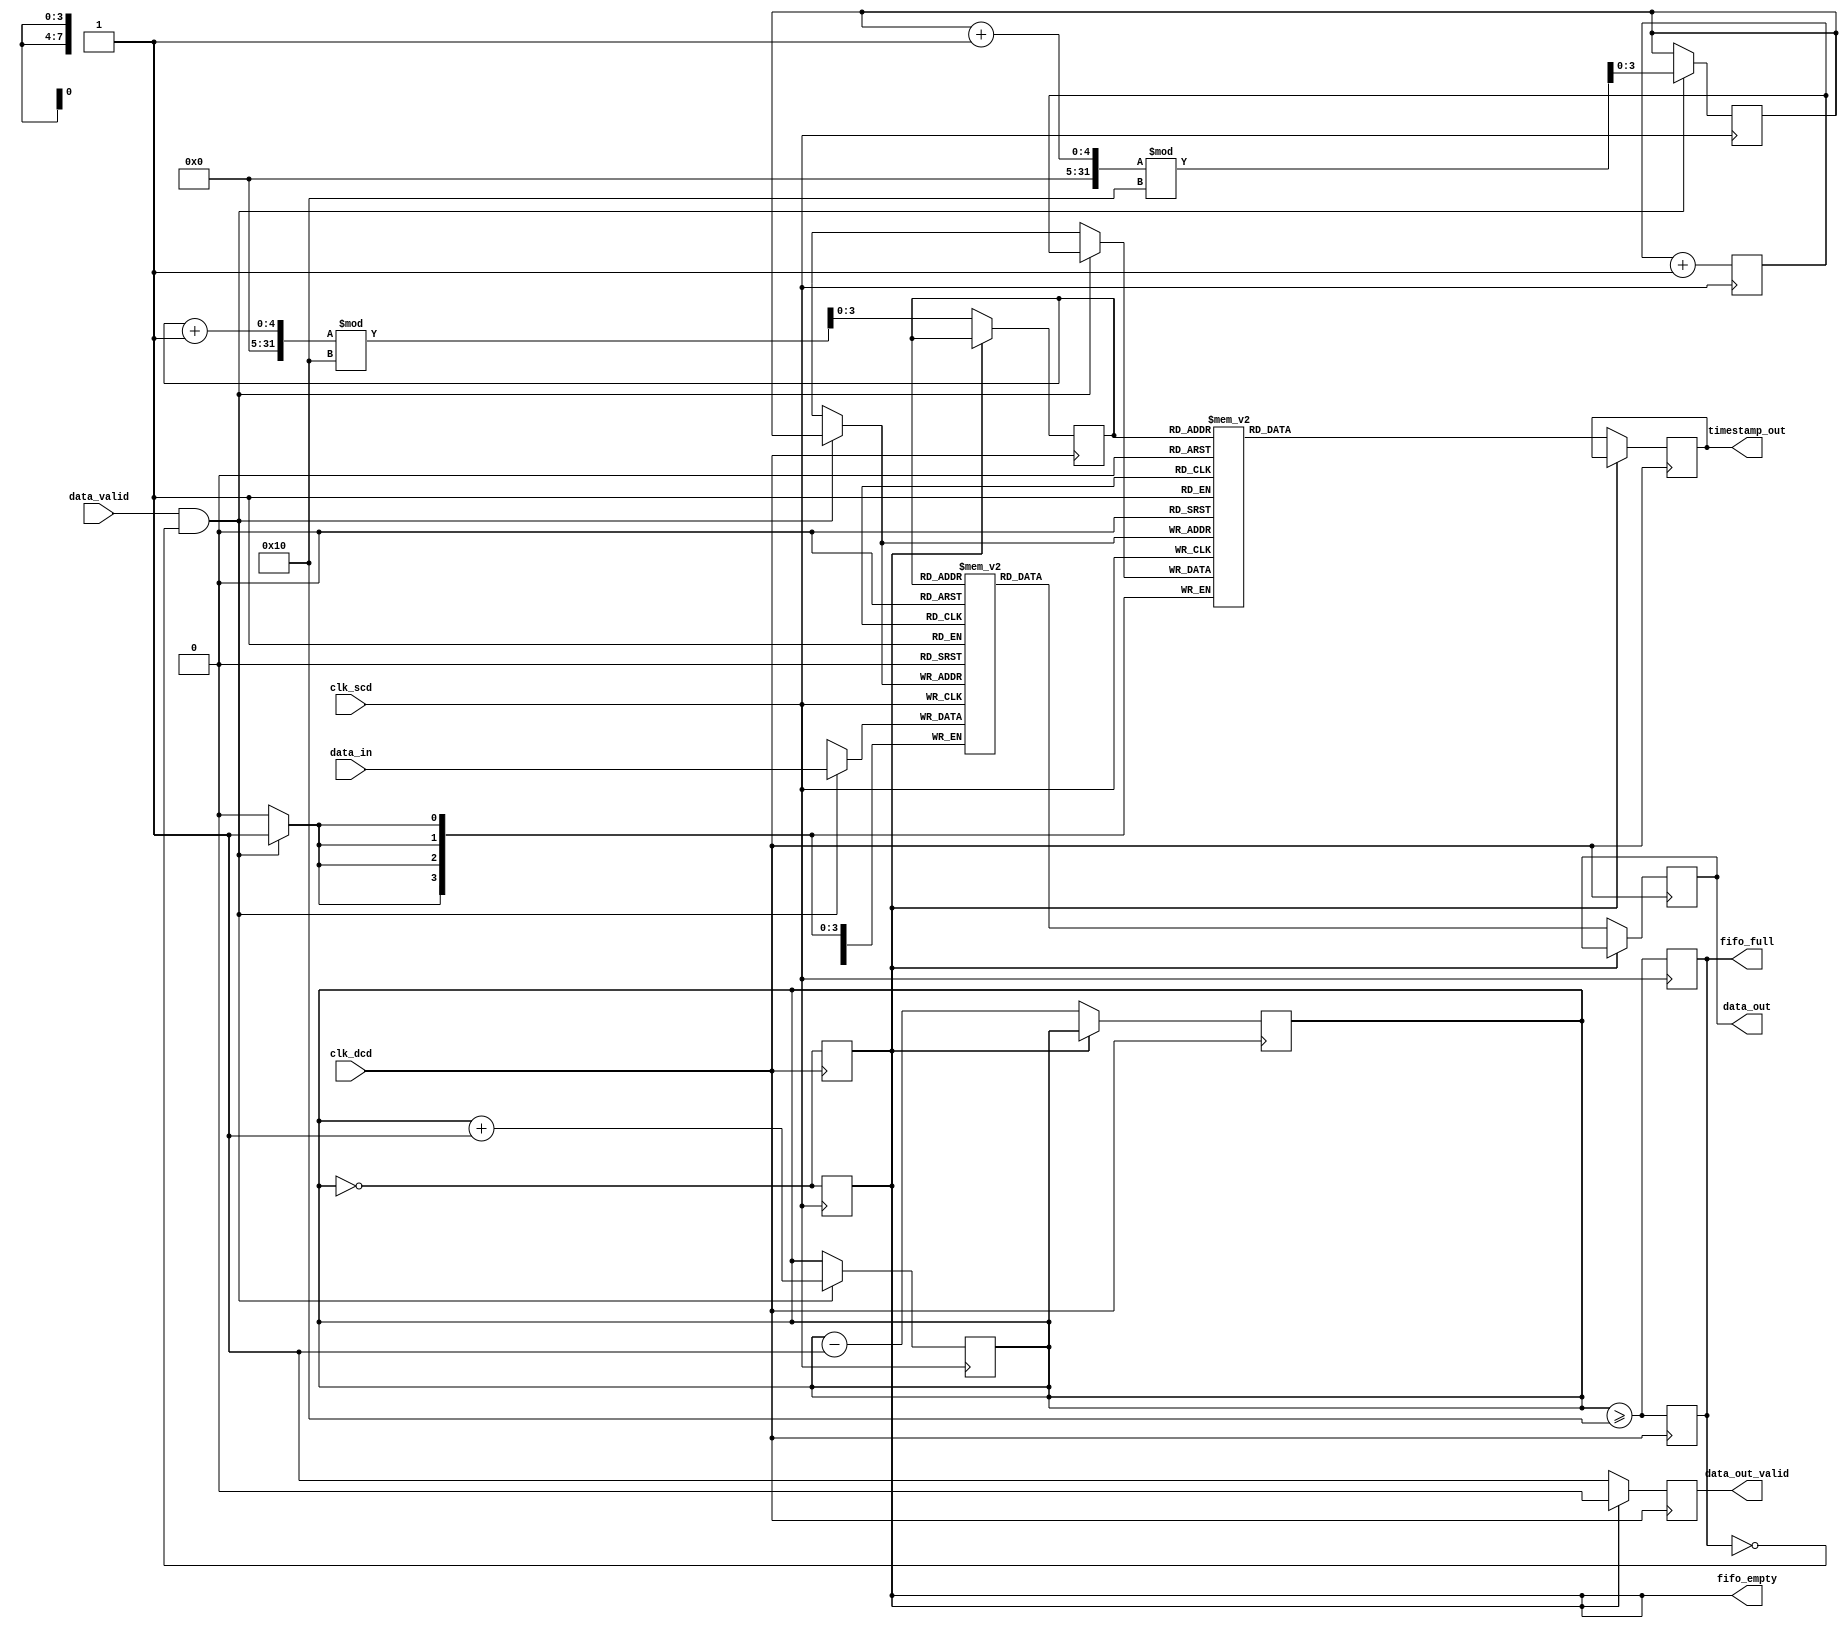
module TimeStampedSynchronizer #(
    parameter DATA_WIDTH = 8,
    parameter TIMESTAMP_WIDTH = 4,
    parameter FIFO_DEPTH = 16
)(
    input wire clk_scd,                     // Source Clock Domain
    input wire clk_dcd,                     // Destination Clock Domain
    input wire [DATA_WIDTH-1:0] data_in,   // Input Data
    input wire data_valid,                   // Input Data Valid Signal
    output reg [DATA_WIDTH-1:0] data_out,   // Output Data
    output reg [TIMESTAMP_WIDTH-1:0] timestamp_out, // Output Timestamp
    output reg data_out_valid,               // Output Data Valid Signal
    output reg fifo_full,                    // FIFO Full Flag
    output reg fifo_empty                    // FIFO Empty Flag
);

    // FIFO buffer and pointers
    reg [DATA_WIDTH-1:0] fifo_data [0:FIFO_DEPTH-1];
    reg [TIMESTAMP_WIDTH-1:0] fifo_timestamp [0:FIFO_DEPTH-1];
    reg [3:0] write_pointer = 0;
    reg [3:0] read_pointer = 0;
    reg [4:0] fifo_count = 0; // Counts number of entries in FIFO

    // Timestamp generation
    reg [TIMESTAMP_WIDTH-1:0] timestamp;

    // FIFO Write Logic (SCD)
    always @(posedge clk_scd) begin
        if (data_valid && !fifo_full) begin
            fifo_data[write_pointer] <= data_in;
            fifo_timestamp[write_pointer] <= timestamp;
            write_pointer <= (write_pointer + 1) % FIFO_DEPTH;
            fifo_count <= fifo_count + 1;
        end
        // Update FIFO full flag
        fifo_full <= (fifo_count >= FIFO_DEPTH);
        // Update FIFO empty flag
        fifo_empty <= (fifo_count == 0);
    end

    // Generate timestamp based on the current clock cycle
    always @(posedge clk_scd) begin
        timestamp <= timestamp + 1; // Increment timestamp
    end

    // FIFO Read Logic (DCD)
    always @(posedge clk_dcd) begin
        if (!fifo_empty) begin
            data_out <= fifo_data[read_pointer];
            timestamp_out <= fifo_timestamp[read_pointer];
            read_pointer <= (read_pointer + 1) % FIFO_DEPTH;
            fifo_count <= fifo_count - 1;
            data_out_valid <= 1; // Indicate data is valid
        end else begin
            data_out_valid <= 0; // No valid data
        end
        // Update FIFO full and empty flags
        fifo_full <= (fifo_count >= FIFO_DEPTH);
        fifo_empty <= (fifo_count == 0);
    end

endmodule